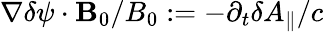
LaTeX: \nabla\delta\psi\cdot\mathbf{B}_{0}/B_{0}:=-\partial_{t}\delta A_{\parallel}/c